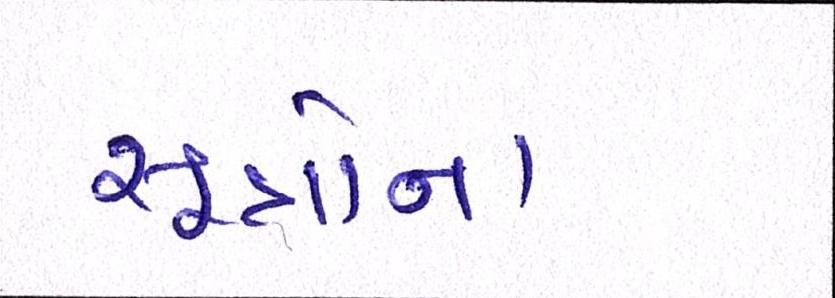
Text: સૂત્રોના